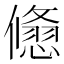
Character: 𠐃